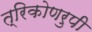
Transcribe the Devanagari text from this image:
त्रिकोणरुपी